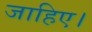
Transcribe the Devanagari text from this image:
जाहिए।